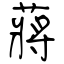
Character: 蔣